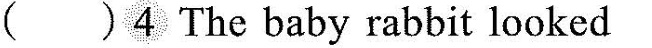
( )4 The baby rabbit looked